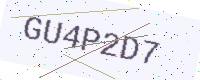
Text: GU4P2D7